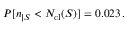
P [ n _ { | S } < N _ { \mathrm { c l } } ( S ) ] = 0 . 0 2 3 \, .